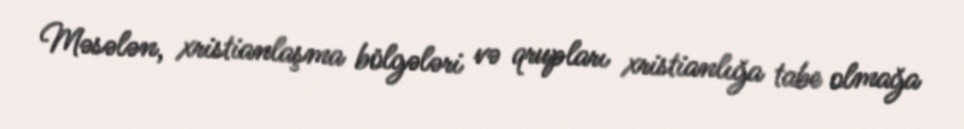
Məsələn, xristianlaşma bölgələri və qrupları xristianlığa tabe olmağa